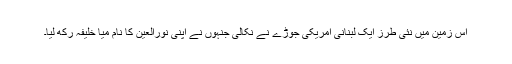
اس زمین میں نئی طرز ایک لبنانی امریکی جوڑے نے نکالی جنہوں نے اپنی نورالعین کا نام میا خلیفہ رکھ لیا۔